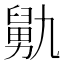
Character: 𰯺